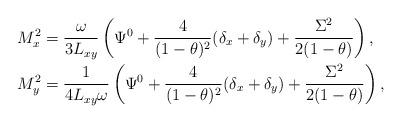
LaTeX: \begin{align*}M_x^2&=\frac{\omega}{3L_{xy}}\left(\Psi^0 + \frac{4}{(1-\theta)^2}(\delta_x+\delta_y)+\frac{\Sigma^2}{2(1-\theta)}\right),\\M_y^2&=\frac{1}{4L_{xy}\omega}\left(\Psi^0 + \frac{4}{(1-\theta)^2}(\delta_x+\delta_y)+\frac{\Sigma^2}{2(1-\theta)}\right),\end{align*}